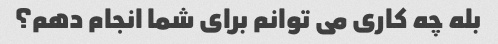
بله چه کاری می توانم برای شما انجام دهم؟